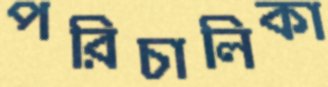
পরিচালিকা